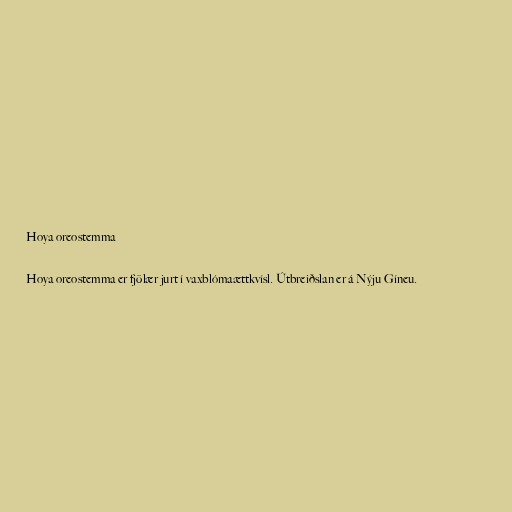
Hoya oreostemma

Hoya oreostemma er fjölær jurt í vaxblómaættkvísl. Útbreiðslan er á Nýju Gíneu.